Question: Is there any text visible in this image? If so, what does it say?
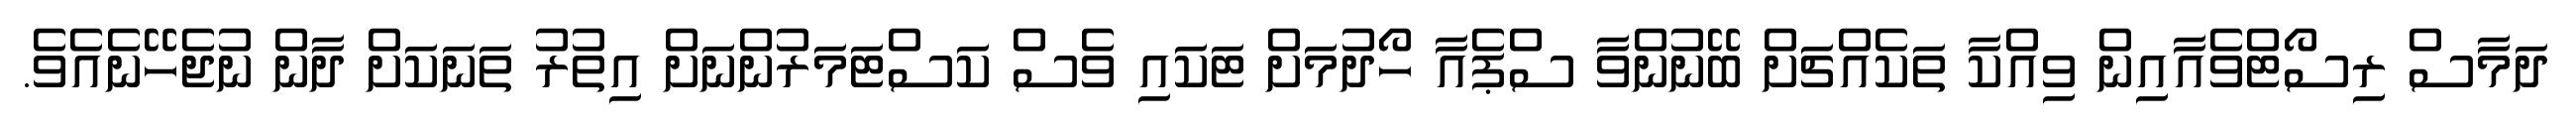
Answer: ދަމާސް ރިސޯޓްވެއާއިން ވިއްކާ ތަކެއްޗަށް ބޭނުންވާ ސްޕެއާ ހޯދުމަށް ޓަކައި ވެސް ކަސްޓަމަރުންނަށް އިތުރު ތަނަކަށް ދާން ނުޖެހޭނެއެވެ.